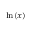
\scriptstyle \ln ( x )